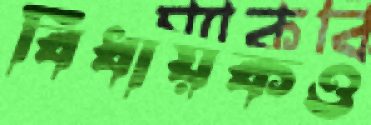
বিধায়কও